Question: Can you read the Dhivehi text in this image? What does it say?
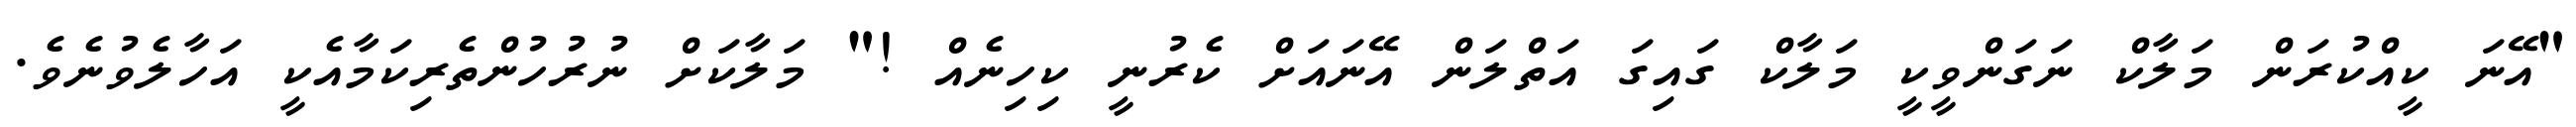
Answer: "އޭނަ ކީއްކުރަން މަލާކް ނަގަންވީކީ މަލާކް ގައިގަ އަތްލަން އޭނައަށް ކެރުނީ ކިހިނެއް !" މަލާކަށް ނުރުހުންތެރިކަމާއެކީ އަހާލެވުނެވެ.